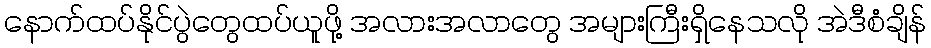
နောက်ထပ်နိုင်ပွဲတွေထပ်ယူဖို့ အလားအလာတွေ အများကြီးရှိနေသလို အဲဒီစံချိန်